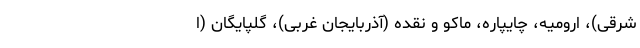
شرقی)، ارومیه، چایپاره، ماکو و نقده (آذربایجان غربی)، گلپایگان (ا